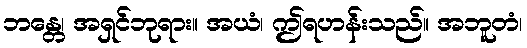
ဘန္တေ၊ အရှင်ဘုရား။ အယံ၊ ဤရဟန်းသည်။ အဘူတံ၊